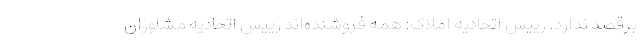
برقصد ندارد. رییس اتحادیه املاک: همه فروشنده‌اند رییس اتحادیه مشاوران